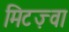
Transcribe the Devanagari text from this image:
मिटज़्वा